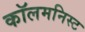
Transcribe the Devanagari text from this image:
कॉलमनिस्ट